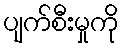
ပျက်စီးမှုကို